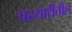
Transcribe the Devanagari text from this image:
परसारीतील